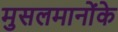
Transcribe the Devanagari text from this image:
मुसलमानोंके